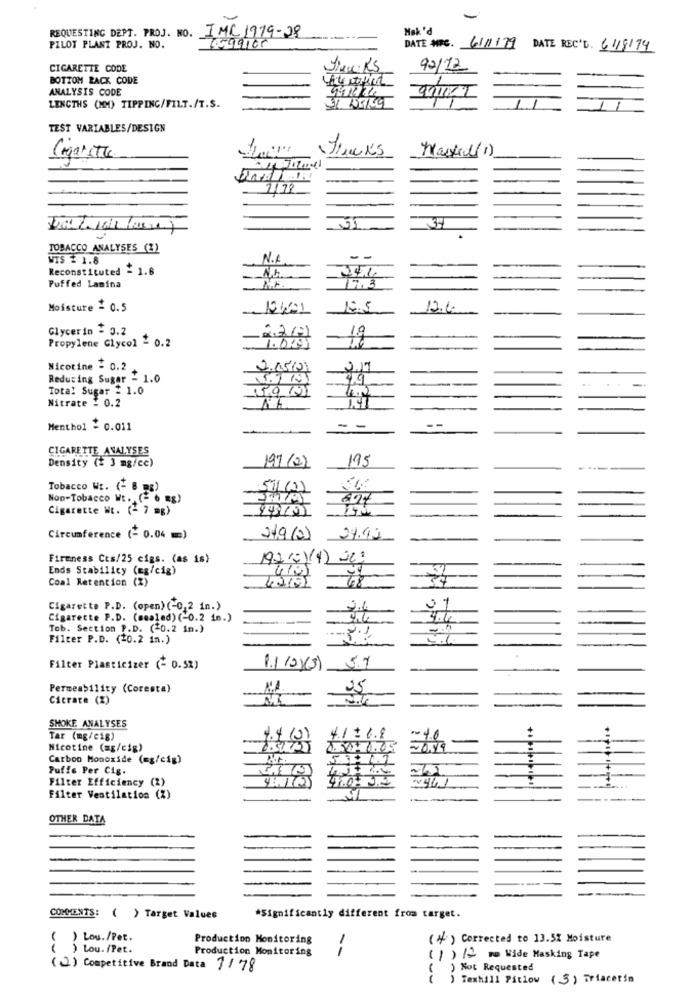
REQUESTING DEPT. PROJ. NO. IMC 1979-28
Mak 'd
PILOT PLANT PROJ. NO.
DATE MIG. 611179 DATE REC'D. 61/8/94
CIGARETTE CODE
90/12
BOTTOM RACK CODE
ANALYSIS CODE
91117
LENGTHS (MM) TIPPING/FILT./T.S.
TEST VARIABLES/DESIGN
Maxil(1)
Cigarette
11 72
TOBACCO ANALYSES (%)
WIS 2 1.8
N.F
Reconstituted - 1.6
Puffed Lamina
Moisture 2 0.5
104101
Glycerin = 0.2
12
Propylene Glycol = 0.2
1.000
Nicotine - 0.2
2.45/2)
Reducing Sugar - 1.0
99
--
Total Sugar = 1.0
15/9 /11
Nitrate : 0.2
Menthol = 0.011
- -
CIGARETTE ANALYSES
Density (2 3 mg/cc)
195
197 (2)
Tobacco WE. (- 8 5%)
571(1)
Non-Tobacco Wt. (- 6 Rg)
Cigarette Ht. (- 7 mg)
949195
Circumference (- 0.04 =)
24.9(2)
24.92
Firmness Cts/25 cigs. (as is)
Ends Stabilicy (Eg/cig)
410
Coal Retention (%)
Cigarette P.D. (open) (-0,2 in.)
2.4
Cigarette P.D. (mmaled) (-0.2 in.)
4.4
Tob. Section P.D. (30.2 in.)
Filter P.D. (20.2 in.)
5.7
Filter Plasticizer (- 0.5%)
1.1 10X(3)
Permeability (Coresta)
Citrate (%)
M
SHOKE ANALYSES
Tar (mg/cig)
+1= 6.8
4.0
Nicotine (ag/cig)
Carbon Monoxide (mg/cig)
Puffe Per Cig.
CASA
Filter Efficiency (2)
2461
Filter Ventilation (%)
--
OTHER DATA
COMMENTS:
( ) Target Values
*Significantly different from target.
( ) Lou./Pet.
Production Monitoring
(4 ) Corrected to 13.5% Moisture
) Lou. /Pet.
Production Monitoring
(1) 12 wo Wide Masking Tape
(2) Competitive Brand Data 7/ 78
Not Requested
) Texhill Pitlow (3) Triacerin